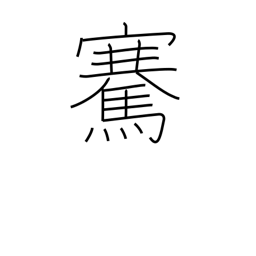
Meaning: lift up